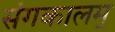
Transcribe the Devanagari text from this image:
संगकालम्